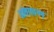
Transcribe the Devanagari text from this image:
आंतरावरण